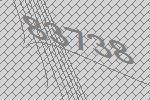
83738